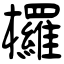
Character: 欏